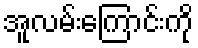
အူလမ်းကြောင်းကို